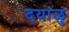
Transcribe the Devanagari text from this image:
दयाळु